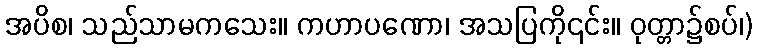
အပိစ၊ သည်သာမကသေး။ ကဟာပဏော၊ အသပြကို၎င်း။ ဝုတ္တာ၌စပ်၊)